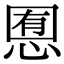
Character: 𢜹